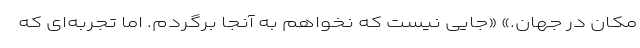
مکان در جهان.» «جایی نیست که نخواهم به آنجا برگردم. اما تجربه‌ای که